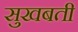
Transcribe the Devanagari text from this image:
सुखबती